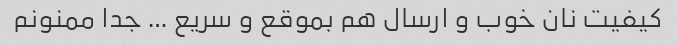
کیفیت نان خوب و ارسال هم بموقع و سریع … جدا ممنونم